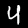
Digit: 4